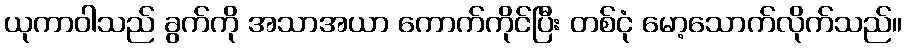
ယုကာဝါသည် ခွက်ကို အသာအယာ ကောက်ကိုင်ပြီး တစ်ငုံ မော့သောက်လိုက်သည်။